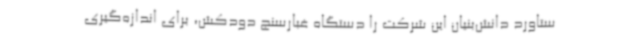
ستاورد دانش‌بنیان این شرکت را دستگاه غبارسنج دودکش، برای اندازه‌گیری